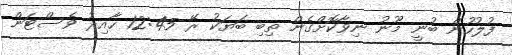
ފުލުހުން ބުނީ މޫނު ނިވާކޮށްގެން ތިބި ބަޔަކު ރޭ 12:45 ހާއިރު ވެސްޓަން